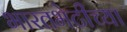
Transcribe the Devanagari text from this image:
भारतभेटीच्या